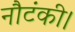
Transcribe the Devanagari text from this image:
नौटंकी।